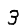
Digit: 3